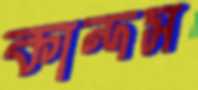
কান্দস